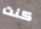
كنت